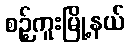
စဉ့်ကူးမြို့နယ်